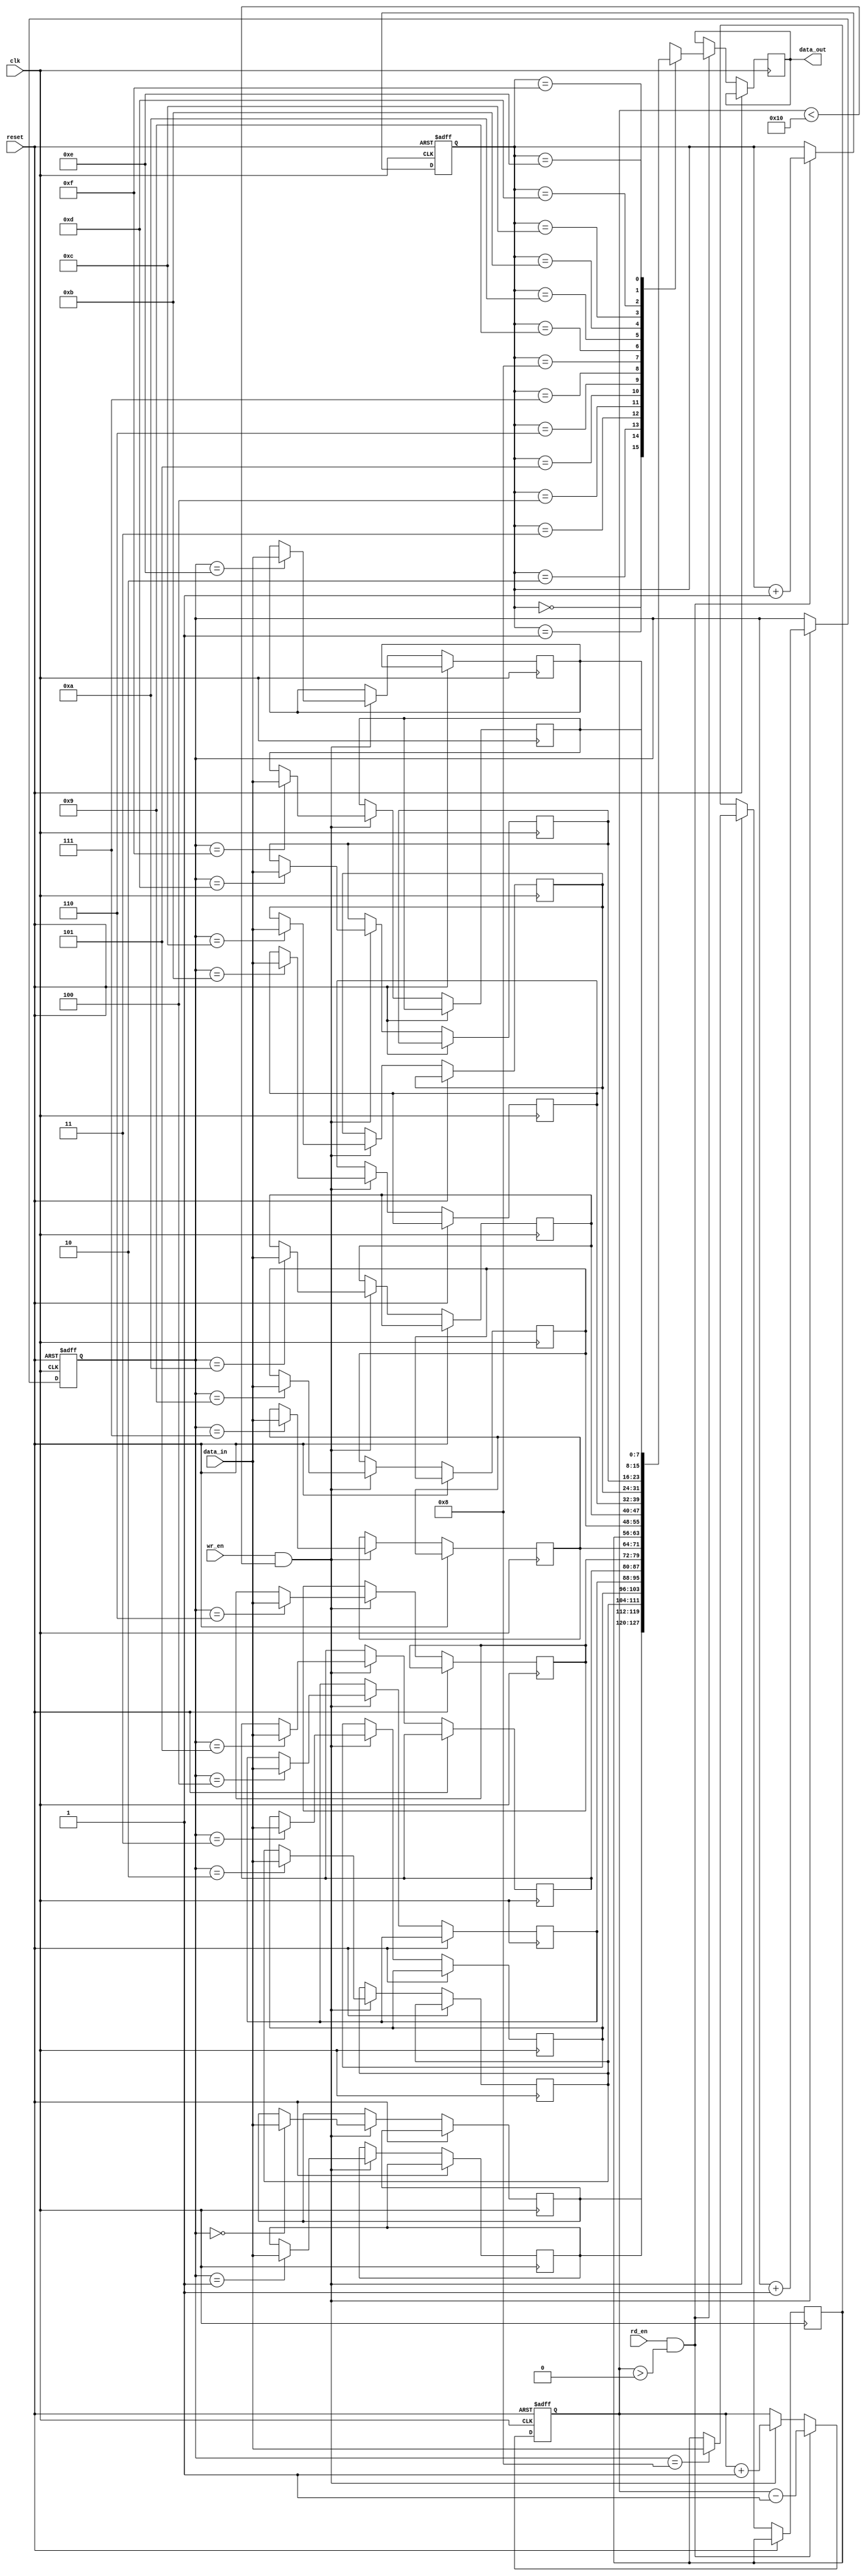
module Bidirectional_FIFO (
  input wire clk,
  input wire reset,
  input wire wr_en,
  input wire rd_en,
  input wire [7:0] data_in,
  output wire [7:0] data_out
);

parameter WIDTH = 8;
parameter DEPTH = 16;

reg [7:0] memory [0:DEPTH-1];
reg [3:0] read_ptr, write_ptr;
reg [3:0] count;

always @(posedge clk or posedge reset) begin
  if (reset) begin
    read_ptr <= 4'b0000;
    write_ptr <= 4'b0000;
    count <= 4'b0000;
  end else begin
    if (wr_en && (count < DEPTH)) begin
      memory[write_ptr] <= data_in;
      write_ptr <= write_ptr + 1;
      count <= count + 1;
    end
    
    if (rd_en && (count > 0)) begin
      data_out <= memory[read_ptr];
      read_ptr <= read_ptr + 1;
      count <= count - 1;
    end
  end
end

endmodule